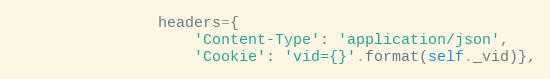
Language: Python
                headers={
                    'Content-Type': 'application/json',
                    'Cookie': 'vid={}'.format(self._vid)},